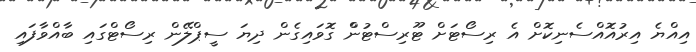
އިއްޔެ އިރުއޮއްސެނިކޮށް އެ ރިސޯޓަށް ޓޫރިސްޓުންް ގޮވައިގެން ދިޔަ ސީޕްލޭން ރިސޯޓްގައި ބާއްވާފައި